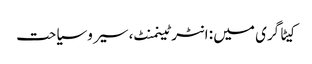
کیٹاگری میں : انٹرٹینمنٹ، سیر و سیاحت